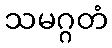
သမဂ္ဂတံ